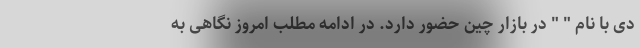
دی با نام " " در بازار چین حضور دارد. در ادامه مطلب امروز نگاهی به